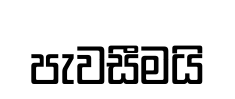
පැවසීමයි